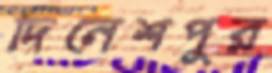
দিনেশপুর